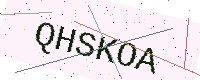
Text: QHSKOA